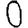
Digit: 0